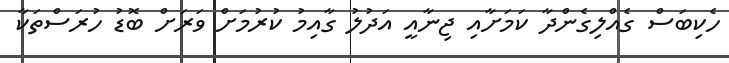
ހެކިބަސް ގެއްލިގެންދާ ކަމަށާއި ޖިނާއީ އަދުލު ގާއިމު ކުރުމަށް ވަރަށް ބޮޑު ހުރަސްތަކާ